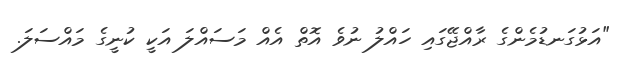
"އަޅުގަނޑުމެންގެ ރާއްޖޭގައި ހައްލު ނުވެ އޮތް އެއް މަސައްލަ އަކީ ކުނީގެ މައްސަލަ.